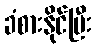
ခံစားနိုင်ပြီး